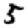
Digit: 5